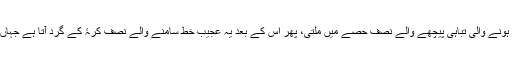
" آپ کو زیادہ ٹوٹ پھوٹ اور تابکاری سے ہونے والی تباہی پیچھے والے نصف حصّے میں ملتی، پھر اس کے بعد یہ عجیب خط سامنے والے نصف کرۂ کے گرد آتا ہے جہاں پر آپ کو استوا کے گرد ایک پٹی ملتی ہے۔